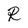
Character: R